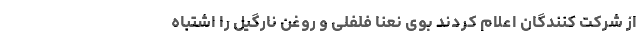
از شرکت کنندگان اعلام کردند بوی نعنا فلفلی و روغن نارگیل را اشتباه